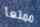
ممتعا